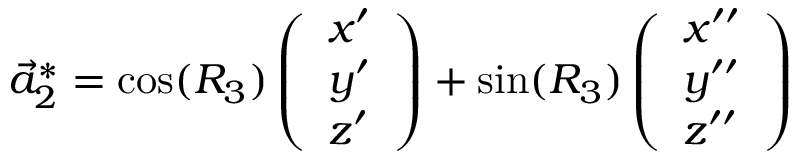
\vec { a } _ { 2 } ^ { * } = \cos ( R _ { 3 } ) \left( \begin{array} { l } { x ^ { \prime } } \\ { y ^ { \prime } } \\ { z ^ { \prime } } \end{array} \right) + \sin ( R _ { 3 } ) \left( \begin{array} { l } { x ^ { \prime \prime } } \\ { y ^ { \prime \prime } } \\ { z ^ { \prime \prime } } \end{array} \right)